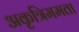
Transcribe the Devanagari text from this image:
अकृत्रिममता